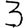
Digit: 3